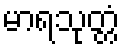
မာရသုတ္တံ